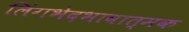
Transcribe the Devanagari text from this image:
लिंगभेदभावात्मक